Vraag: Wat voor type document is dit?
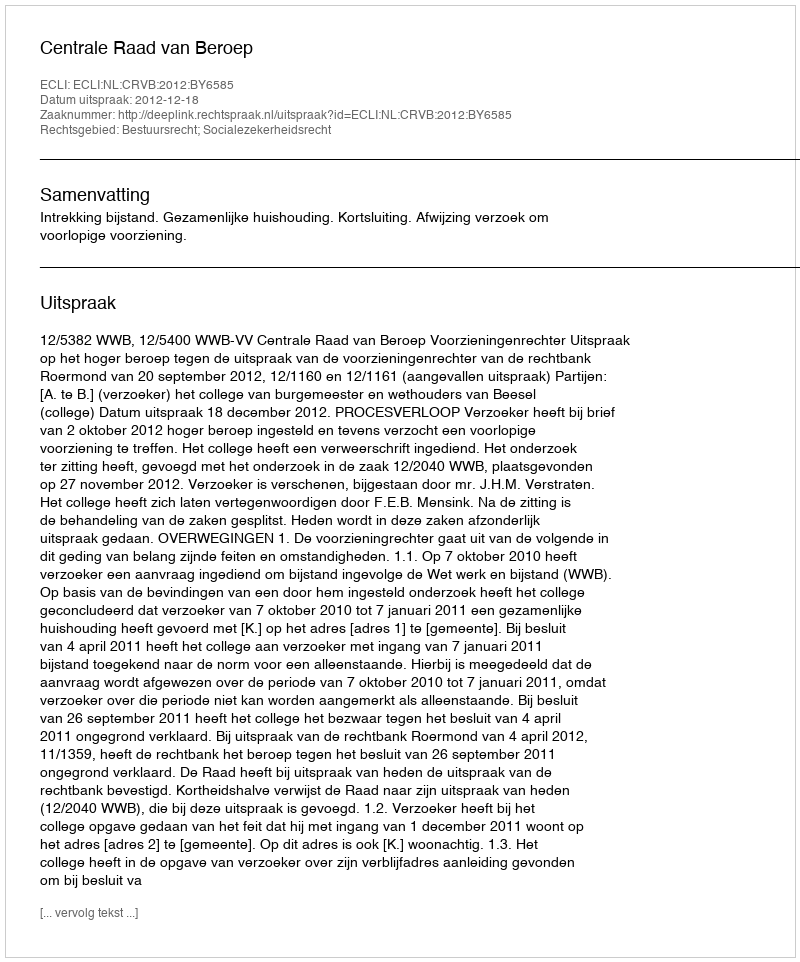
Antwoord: Uitspraak